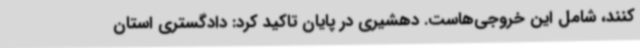
کنند، شامل این خروجی‌هاست. دهشیری در پایان تاکید کرد: دادگستری استان